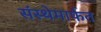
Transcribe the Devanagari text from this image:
संस्‍थेमार्फत